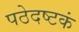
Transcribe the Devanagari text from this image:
पठेदष्टकं